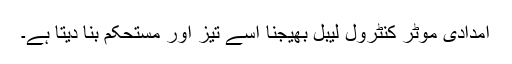
امدادی موٹر کنٹرول لیبل بھیجنا اسے تیز اور مستحکم بنا دیتا ہے۔